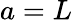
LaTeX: a=L